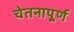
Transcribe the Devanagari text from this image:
चेतनापूर्ण